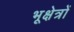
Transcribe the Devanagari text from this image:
भूक्षेत्रों